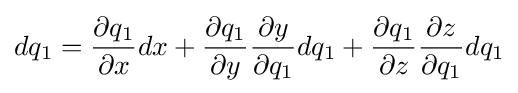
dq_{1}={\dfrac {\partial q_{1}}{\partial x}}dx+{\dfrac {\partial q_{1}}{\partial y}}{\dfrac {\partial y}{\partial q_{1}}}dq_{1}+{\dfrac {\partial q_{1}}{\partial z}}{\dfrac {\partial z}{\partial q_{1}}}dq_{1}